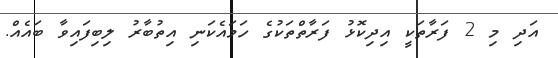
އަދި މި 2 ފަރާތަކީ އިދިކޮޅު ފަރާތްތަކުގެ ހަމައެކަނި އިތުބާރު ލިބިފައިވާ ބައެއް.